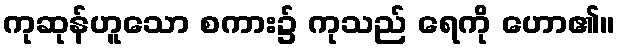
ကုဆုန်ဟူသော စကား၌ ကုသည် ရေကို ဟော၏။